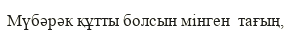
Мүбәрәк құтты болсын мінген  тағың,